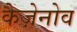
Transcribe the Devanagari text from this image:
कैज़ेनोव